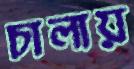
চালায়